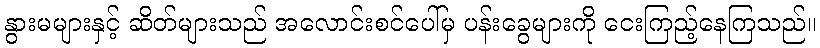
နွားမများနှင့် ဆိတ်များသည် အလောင်းစင်ပေါ်မှ ပန်းခွေများကို ငေးကြည့်နေကြသည်။